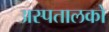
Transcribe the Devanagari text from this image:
अस्पतालको